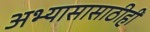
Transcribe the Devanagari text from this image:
अभ्यासासाठीही